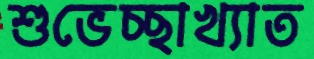
শুভেচ্ছাখ্যাত